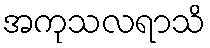
အကုသလရာသိ